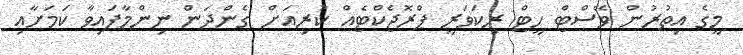
މީގެ އިތުރުން ވޭސްޓް ހީޓް ރިކަވަރީ ޕްރޮޖެކްޓެއް ކުރިއަށް ގެންދަން ނިންމާފައިވާ ކަމަށާއި